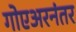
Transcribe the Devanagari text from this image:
गोएअरनंतर